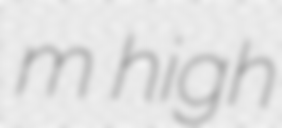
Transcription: m high